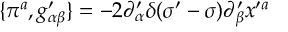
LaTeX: \{ \pi ^ { a } , g _ { \alpha \beta } ^ { \prime } \} = - 2 \partial _ { \alpha } ^ { \prime } \delta ( \sigma ^ { \prime } - \sigma ) \partial _ { \beta } ^ { \prime } x ^ { \prime a }